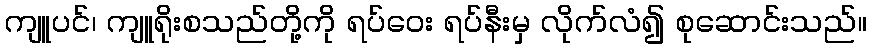
ကျူပင်၊ ကျူရိုးစသည်တို့ကို ရပ်ဝေး ရပ်နီးမှ လိုက်လံ၍ စုဆောင်းသည်။